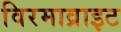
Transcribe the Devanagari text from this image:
विरमाव्राइट